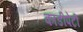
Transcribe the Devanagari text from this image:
काडीपेटी